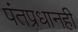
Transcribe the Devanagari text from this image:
पंतप्रधानही